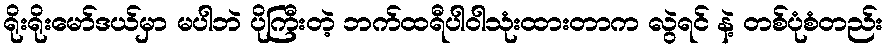
ရိုးရိုးမော်ဒယ်မှာ မပါဘဲ ပိုကြီးတဲ့ ဘက်ထရီပါဝါသုံးထားတာက လွဲရင် နဲ့ တစ်ပုံစံတည်း